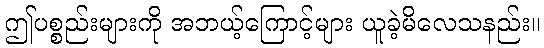
ဤပစ္စည်းများကို အဘယ့်ကြောင့်များ ယူခဲ့မိလေသနည်း။